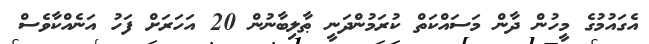
އެގައުމުގެ މީހުން ދާން މަސައްކަތް ކުރަމުންދަނީ ޠާލިބާނުން 20 އަހަރަށް ފަހު އަނެއްކާވެސް